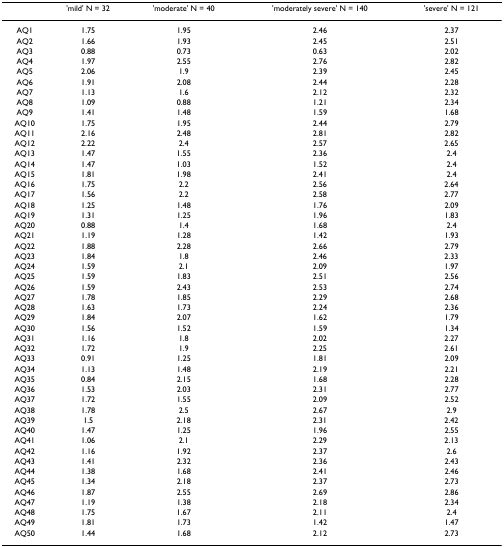
<table><thead><tr><td></td><td><b>&#x27;mild&#x27; N = 32</b></td><td><b>&#x27;moderate&#x27; N = 40</b></td><td><b>&#x27;moderately severe&#x27; N = 140</b></td><td><b>&#x27;severe&#x27; N = 121</b></td></tr></thead><tbody><tr><td>AQ1</td><td>1.75</td><td>1.95</td><td>2.46</td><td>2.37</td></tr><tr><td>AQ2</td><td>1.66</td><td>1.93</td><td>2.45</td><td>2.51</td></tr><tr><td>AQ3</td><td>0.88</td><td>0.73</td><td>0.63</td><td>2.02</td></tr><tr><td>AQ4</td><td>1.97</td><td>2.55</td><td>2.76</td><td>2.82</td></tr><tr><td>AQ5</td><td>2.06</td><td>1.9</td><td>2.39</td><td>2.45</td></tr><tr><td>AQ6</td><td>1.91</td><td>2.08</td><td>2.44</td><td>2.28</td></tr><tr><td>AQ7</td><td>1.13</td><td>1.6</td><td>2.12</td><td>2.32</td></tr><tr><td>AQ8</td><td>1.09</td><td>0.88</td><td>1.21</td><td>2.34</td></tr><tr><td>AQ9</td><td>1.41</td><td>1.48</td><td>1.59</td><td>1.68</td></tr><tr><td>AQ10</td><td>1.75</td><td>1.95</td><td>2.44</td><td>2.79</td></tr><tr><td>AQ11</td><td>2.16</td><td>2.48</td><td>2.81</td><td>2.82</td></tr><tr><td>AQ12</td><td>2.22</td><td>2.4</td><td>2.57</td><td>2.65</td></tr><tr><td>AQ13</td><td>1.47</td><td>1.55</td><td>2.36</td><td>2.4</td></tr><tr><td>AQ14</td><td>1.47</td><td>1.03</td><td>1.52</td><td>2.4</td></tr><tr><td>AQ15</td><td>1.81</td><td>1.98</td><td>2.41</td><td>2.4</td></tr><tr><td>AQ16</td><td>1.75</td><td>2.2</td><td>2.56</td><td>2.64</td></tr><tr><td>AQ17</td><td>1.56</td><td>2.2</td><td>2.58</td><td>2.77</td></tr><tr><td>AQ18</td><td>1.25</td><td>1.48</td><td>1.76</td><td>2.09</td></tr><tr><td>AQ19</td><td>1.31</td><td>1.25</td><td>1.96</td><td>1.83</td></tr><tr><td>AQ20</td><td>0.88</td><td>1.4</td><td>1.68</td><td>2.4</td></tr><tr><td>AQ21</td><td>1.19</td><td>1.28</td><td>1.42</td><td>1.93</td></tr><tr><td>AQ22</td><td>1.88</td><td>2.28</td><td>2.66</td><td>2.79</td></tr><tr><td>AQ23</td><td>1.84</td><td>1.8</td><td>2.46</td><td>2.33</td></tr><tr><td>AQ24</td><td>1.59</td><td>2.1</td><td>2.09</td><td>1.97</td></tr><tr><td>AQ25</td><td>1.59</td><td>1.83</td><td>2.51</td><td>2.56</td></tr><tr><td>AQ26</td><td>1.59</td><td>2.43</td><td>2.53</td><td>2.74</td></tr><tr><td>AQ27</td><td>1.78</td><td>1.85</td><td>2.29</td><td>2.68</td></tr><tr><td>AQ28</td><td>1.63</td><td>1.73</td><td>2.24</td><td>2.36</td></tr><tr><td>AQ29</td><td>1.84</td><td>2.07</td><td>1.62</td><td>1.79</td></tr><tr><td>AQ30</td><td>1.56</td><td>1.52</td><td>1.59</td><td>1.34</td></tr><tr><td>AQ31</td><td>1.16</td><td>1.8</td><td>2.02</td><td>2.27</td></tr><tr><td>AQ32</td><td>1.72</td><td>1.9</td><td>2.25</td><td>2.61</td></tr><tr><td>AQ33</td><td>0.91</td><td>1.25</td><td>1.81</td><td>2.09</td></tr><tr><td>AQ34</td><td>1.13</td><td>1.48</td><td>2.19</td><td>2.21</td></tr><tr><td>AQ35</td><td>0.84</td><td>2.15</td><td>1.68</td><td>2.28</td></tr><tr><td>AQ36</td><td>1.53</td><td>2.03</td><td>2.31</td><td>2.77</td></tr><tr><td>AQ37</td><td>1.72</td><td>1.55</td><td>2.09</td><td>2.52</td></tr><tr><td>AQ38</td><td>1.78</td><td>2.5</td><td>2.67</td><td>2.9</td></tr><tr><td>AQ39</td><td>1.5</td><td>2.18</td><td>2.31</td><td>2.42</td></tr><tr><td>AQ40</td><td>1.47</td><td>1.25</td><td>1.96</td><td>2.55</td></tr><tr><td>AQ41</td><td>1.06</td><td>2.1</td><td>2.29</td><td>2.13</td></tr><tr><td>AQ42</td><td>1.16</td><td>1.92</td><td>2.37</td><td>2.6</td></tr><tr><td>AQ43</td><td>1.41</td><td>2.32</td><td>2.36</td><td>2.43</td></tr><tr><td>AQ44</td><td>1.38</td><td>1.68</td><td>2.41</td><td>2.46</td></tr><tr><td>AQ45</td><td>1.34</td><td>2.18</td><td>2.37</td><td>2.73</td></tr><tr><td>AQ46</td><td>1.87</td><td>2.55</td><td>2.69</td><td>2.86</td></tr><tr><td>AQ47</td><td>1.19</td><td>1.38</td><td>2.18</td><td>2.34</td></tr><tr><td>AQ48</td><td>1.75</td><td>1.67</td><td>2.11</td><td>2.4</td></tr><tr><td>AQ49</td><td>1.81</td><td>1.73</td><td>1.42</td><td>1.47</td></tr><tr><td>AQ50</td><td>1.44</td><td>1.68</td><td>2.12</td><td>2.73</td></tr></tbody></table>